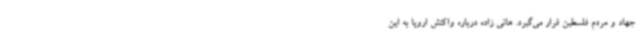
جهاد و مردم فلسطین قرار می‌گیرد. هانی زاده درباره واکنش اروپا به این